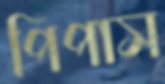
পিপাস